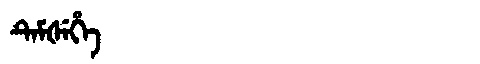
Manchu: ᡨᡝᠮᡧᡝᡥᡝ
Romanization: TEMŠEHE